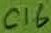
Text: C16